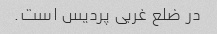
در ضلع غربی پردیس است.